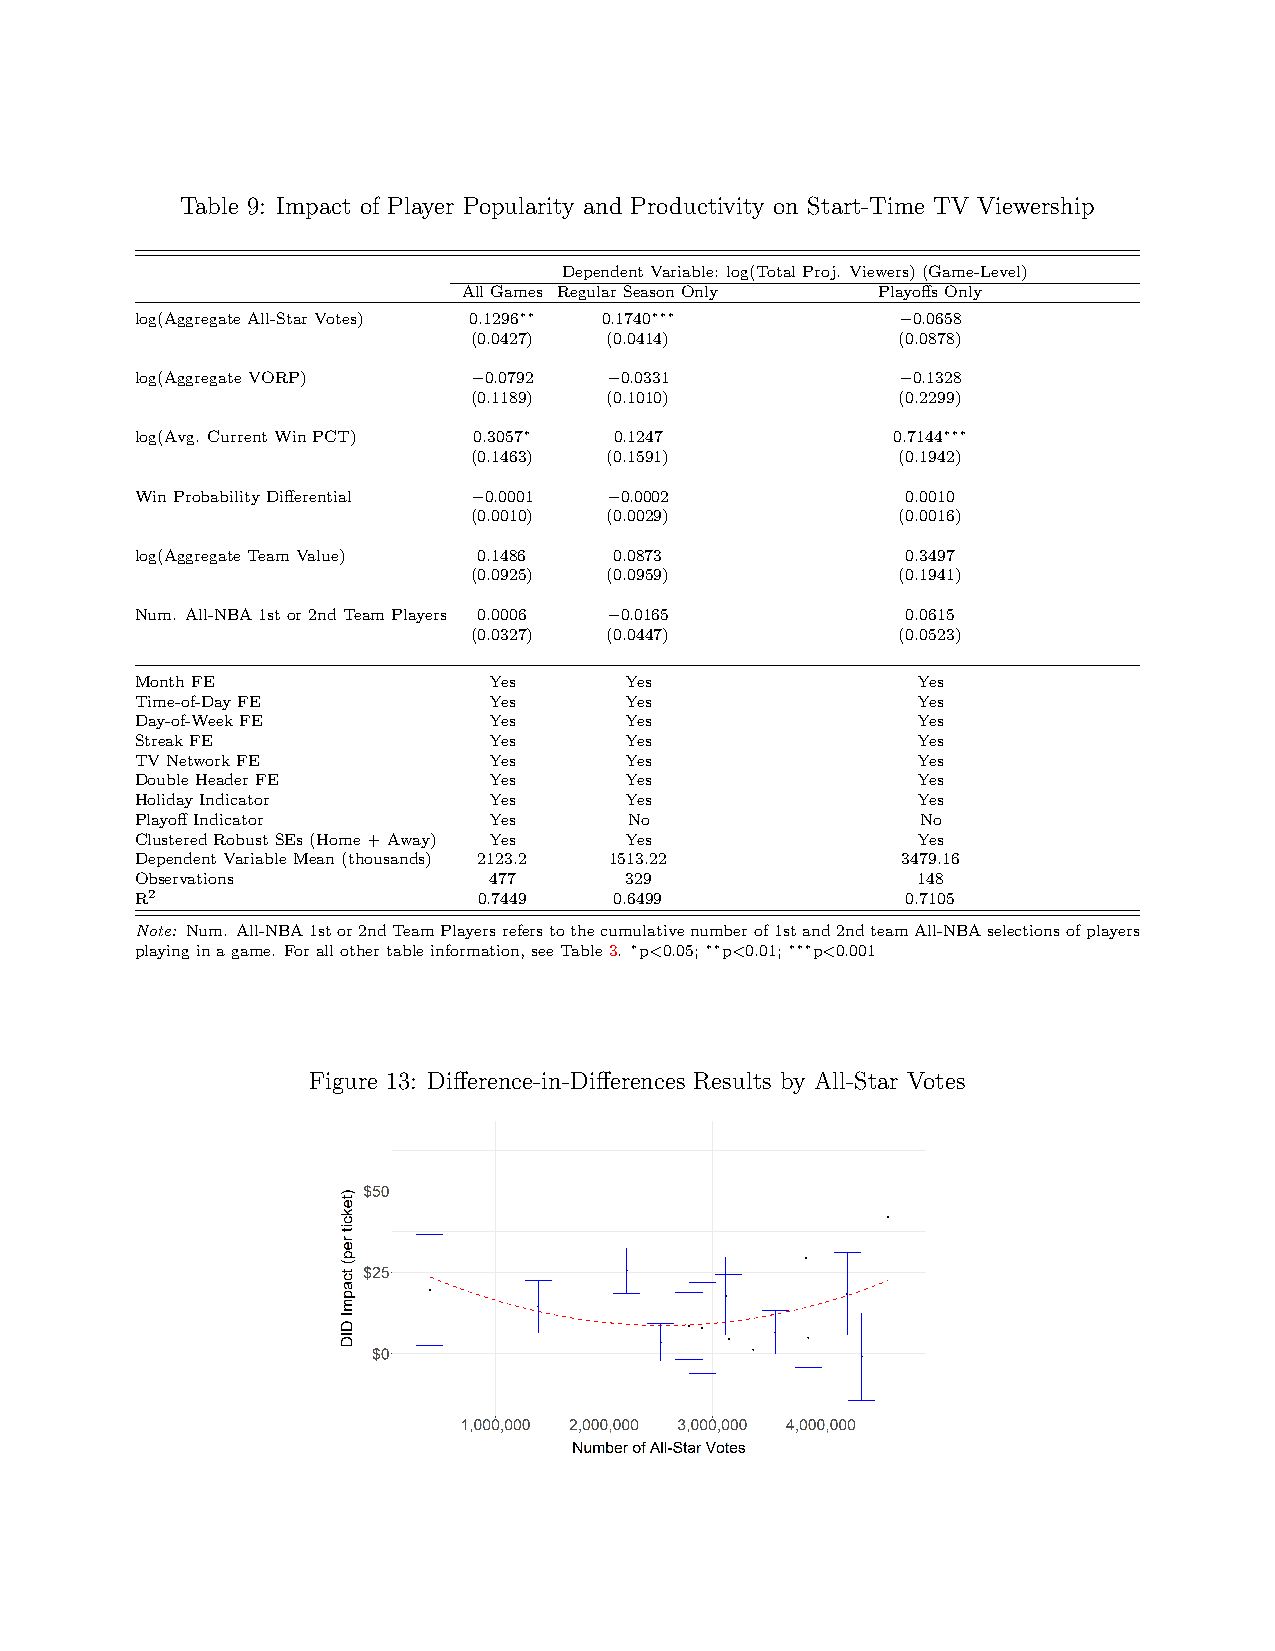
Table 9: Impact of Player Popularity and Productivity on Start-Time TV Viewership
 DependentVariable: log(TotalProj. Viewers)(Game-Level)
 AllGames RegularSeasonOnly PlayoffsOnly
 log(AggregateAll-StarVotes) 0.1296∗∗ 0.1740∗∗∗     −0.0658
 (0.0427) (0.0414)            (0.0878)
 log(AggregateVORP)    −0.0792  −0.0331             −0.1328
 (0.1189) (0.1010)            (0.2299)
 log(Avg. CurrentWinPCT) 0.3057∗ 0.1247            0.7144∗∗∗
 (0.1463) (0.1591)            (0.1942)
 WinProbabilityDifferential −0.0001 −0.0002         0.0010
 (0.0010) (0.0029)            (0.0016)
 log(AggregateTeamValue) 0.1486  0.0873             0.3497
 (0.0925) (0.0959)            (0.1941)
 Num. All-NBA1stor2ndTeamPlayers 0.0006 −0.0165     0.0615
 (0.0327) (0.0447)            (0.0523)
 MonthFE                Yes      Yes                 Yes
 Time-of-DayFE          Yes      Yes                 Yes
 Day-of-WeekFE          Yes      Yes                 Yes
 StreakFE               Yes      Yes                 Yes
 TVNetworkFE            Yes      Yes                 Yes
 DoubleHeaderFE         Yes      Yes                 Yes
 HolidayIndicator       Yes      Yes                 Yes
 PlayoffIndicator       Yes       No                 No
 ClusteredRobustSEs(Home+Away) Yes Yes               Yes
 DependentVariableMean(thousands) 2123.2 1513.22    3479.16
 Observations           477      329                 148
 R2                     0.7449   0.6499             0.7105
 Note: Num. All-NBA1stor2ndTeamPlayersreferstothecumulativenumberof1stand2ndteamAll-NBAselectionsofplayers
 playinginagame. Forallothertableinformation,seeTable3. ∗p<0.05;∗∗p<0.01;∗∗∗p<0.001
 Figure 13: Difference-in-Differences Results by All-Star Votes